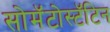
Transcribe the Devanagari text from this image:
सोमॅटोस्टॅटिन